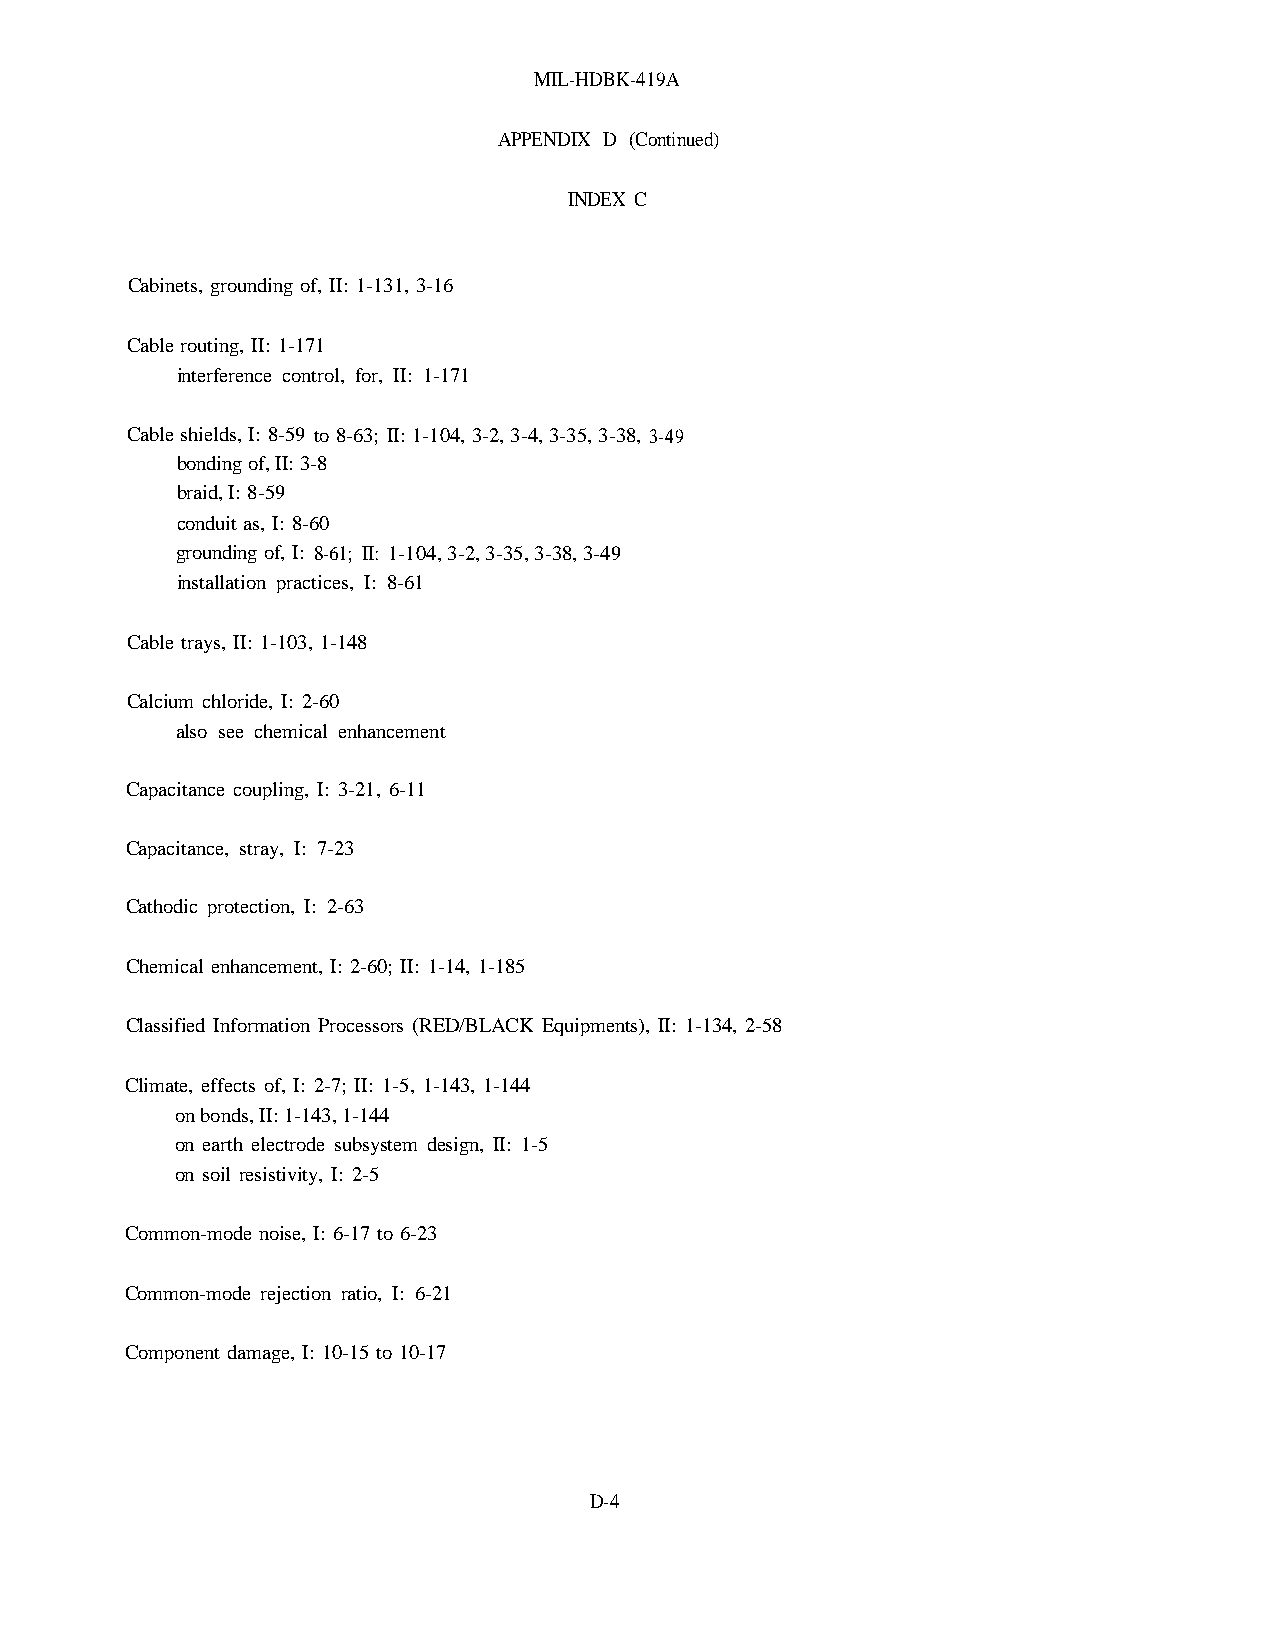
MIL-HDBK-419A
 APPENDIX D (Continued)
 INDEX C
 Cabinets, grounding of, II: 1-131, 3-16
 Cable routing, II: 1-171
 interference control, for, II: 1-171
 Cable shields, I: 8-59 to 8-63; II: 1-104, 3-2, 3-4, 3-35, 3-38, 3-49
 bonding of, II: 3-8
 braid, I: 8-59
 conduit as, I: 8-60
 grounding of, I: 8-61; II: 1-104, 3-2, 3-35, 3-38, 3-49
 installation practices, I: 8-61
 Cable trays, II: 1-103, 1-148
 Calcium chloride, I: 2-60
 also see chemical enhancement
 Capacitance coupling, I: 3-21, 6-11
 Capacitance, stray, I: 7-23
 Cathodic protection, I: 2-63
 Chemical enhancement, I: 2-60; II: 1-14, 1-185
 Classified Information Processors (RED/BLACK Equipments), II: 1-134, 2-58
 Climate, effects of, I: 2-7; II: 1-5, 1-143, 1-144
 on bonds, II: 1-143, 1-144
 on earth electrode subsystem design, II: 1-5
 on soil resistivity, I: 2-5
 Common-mode noise, I: 6-17 to 6-23
 Common-mode rejection ratio, I: 6-21
 Component damage, I: 10-15 to 10-17
 D-4